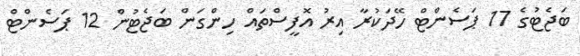
ބަޖެޓުގެ 17 ޕަސެންޓް ހޭދަކުރާ އިރު އޮފީސްތައް ހިންގަން ބަޖެޓުން 12 ޕަސެންޓް